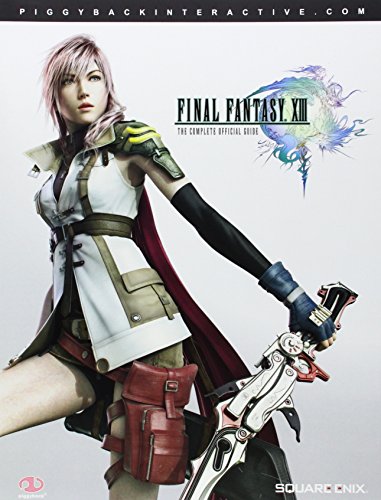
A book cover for Final Fantasy XIII: Complete Official Guide - Standard Edition; Piggyback; Humor & Entertainment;